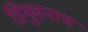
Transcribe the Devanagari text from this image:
त्रिभुवनाथ